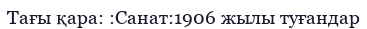
Тағы қара: :Санат:1906 жылы туғандар